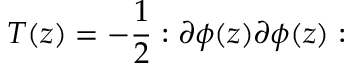
T ( z ) = - \frac { 1 } { 2 } : \partial \phi ( z ) \partial \phi ( z ) :